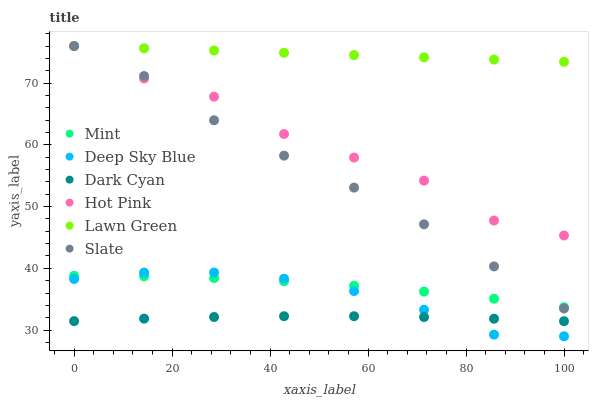
| xaxis_label | Mint | Deep Sky Blue | Dark Cyan | Hot Pink | Lawn Green | Slate |
 | --- | --- | --- | --- | --- | --- | --- |
 | 0 | 38.8 | 38.3 | 31.5 | 76 | 76 | 76 |
 | 14.3 | 38.7 | 39.3 | 31.8 | 70.7 | 75.6 | 71.1 |
 | 28.6 | 38.4 | 39.3 | 32.1 | 67.8 | 75.3 | 64 |
 | 42.9 | 37.9 | 38.3 | 32.2 | 61.8 | 74.9 | 58.2 |
 | 57.1 | 37.2 | 36.3 | 32.2 | 57.9 | 74.5 | 53.1 |
 | 71.4 | 36.2 | 33.3 | 32.1 | 54.2 | 74.2 | 47.1 |
 | 85.7 | 35.1 | 29.3 | 31.8 | 47.7 | 73.8 | 40.3 |
 | 100 | 33.7 | 29 | 31.4 | 45.3 | 73.4 | 33.5 |